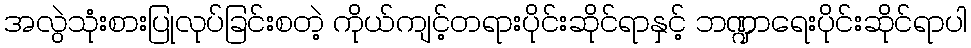
အလွဲသုံးစားပြုလုပ်ခြင်းစတဲ့ ကိုယ်ကျင့်တရားပိုင်းဆိုင်ရာနှင့် ဘဏ္ဍာရေးပိုင်းဆိုင်ရာပါ